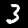
Label: 3